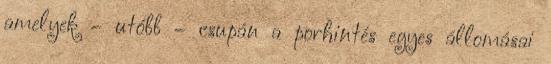
amelyek – utóbb – csupán a porhintés egyes állomásai